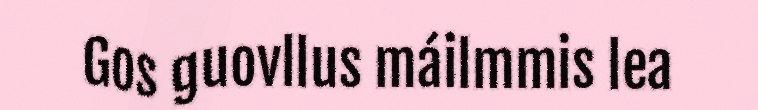
Gos guovllus máilmmis lea